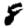
Digit: 8